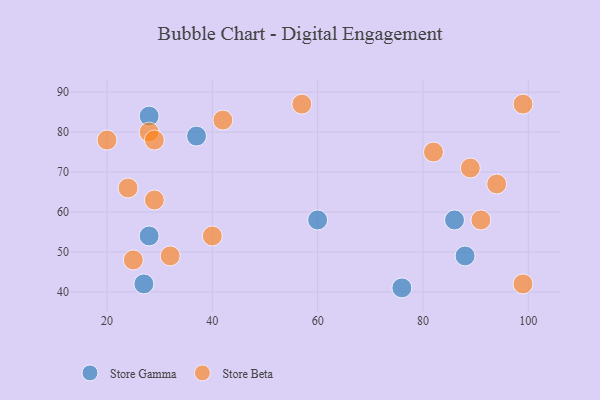
{"axis": {"x": "GDP", "y": "Life Expectancy"}, "legend": ["Store Beta", "Store Gamma"], "data": [{"x": "76", "y": 41, "type": "Store Gamma"}, {"x": "86", "y": 58, "type": "Store Gamma"}, {"x": "60", "y": 58, "type": "Store Gamma"}, {"x": "28", "y": 84, "type": "Store Gamma"}, {"x": "27", "y": 42, "type": "Store Gamma"}, {"x": "88", "y": 49, "type": "Store Gamma"}, {"x": "37", "y": 79, "type": "Store Gamma"}, {"x": "28", "y": 54, "type": "Store Gamma"}, {"x": "82", "y": 75, "type": "Store Beta"}, {"x": "28", "y": 80, "type": "Store Beta"}, {"x": "25", "y": 48, "type": "Store Beta"}, {"x": "40", "y": 54, "type": "Store Beta"}, {"x": "24", "y": 66, "type": "Store Beta"}, {"x": "20", "y": 78, "type": "Store Beta"}, {"x": "94", "y": 67, "type": "Store Beta"}, {"x": "99", "y": 42, "type": "Store Beta"}, {"x": "91", "y": 58, "type": "Store Beta"}, {"x": "29", "y": 78, "type": "Store Beta"}, {"x": "32", "y": 49, "type": "Store Beta"}, {"x": "29", "y": 63, "type": "Store Beta"}, {"x": "57", "y": 87, "type": "Store Beta"}, {"x": "89", "y": 71, "type": "Store Beta"}, {"x": "42", "y": 83, "type": "Store Beta"}, {"x": "99", "y": 87, "type": "Store Beta"}]}